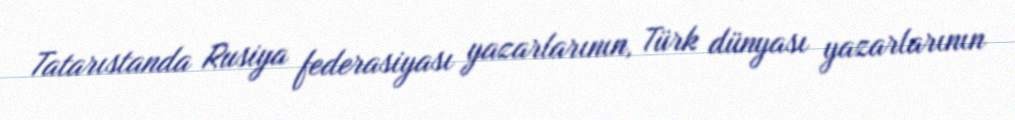
Tatarıstanda Rusiya federasiyası yazarlarının, Türk dünyası yazarlarının